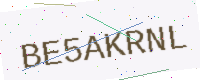
Text: BE5AKRNL